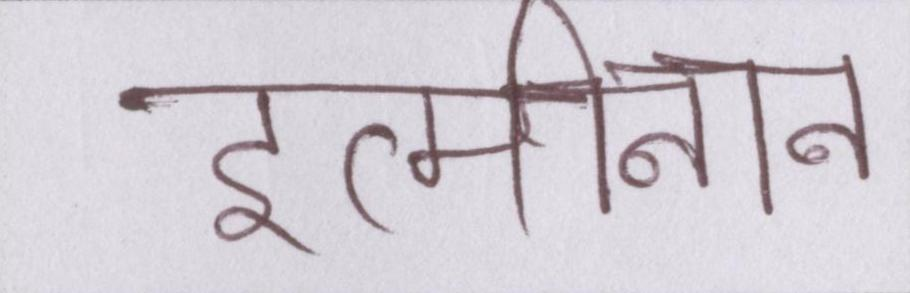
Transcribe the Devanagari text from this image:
इत्मीनान